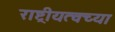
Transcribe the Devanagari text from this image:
राष्ट्रीयत्वच्या